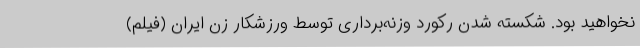
نخواهید بود. شکسته شدن رکورد وزنه‌برداری توسط ورزشکار زن ایران (فیلم)